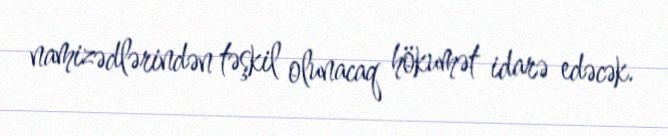
namizədlərindən təşkil olunacaq hökumət idarə edəcək.